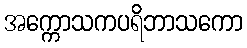
အက္ကောသကပရိဘာသကော